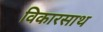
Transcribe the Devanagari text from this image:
विकारसाथ